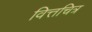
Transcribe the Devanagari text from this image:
वित्तचित्र